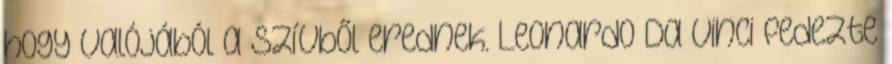
hogy valójából a szívből erednek. Leonardo Da Vinci fedezte